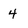
Character: 4